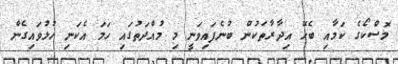
މޮސްކޯގެ ކަމާއި ބެހޭ އިދާރާތަކުން ބުނެފައިވަނީ މި މުއްދަތުގައި ހަމަ އެކަނި ހުޅުވައިގެން